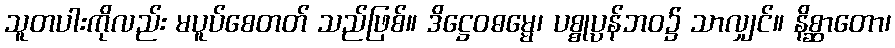
သူတပါးကိုလည်း မပူပ်စေတတ် သည်ဖြစ်။ ဒိဋ္ဌေဝဓမ္မေ၊ ပစ္စုပ္ပန်ဘဝ၌ သာလျှင်။ နိစ္ဆာတော၊